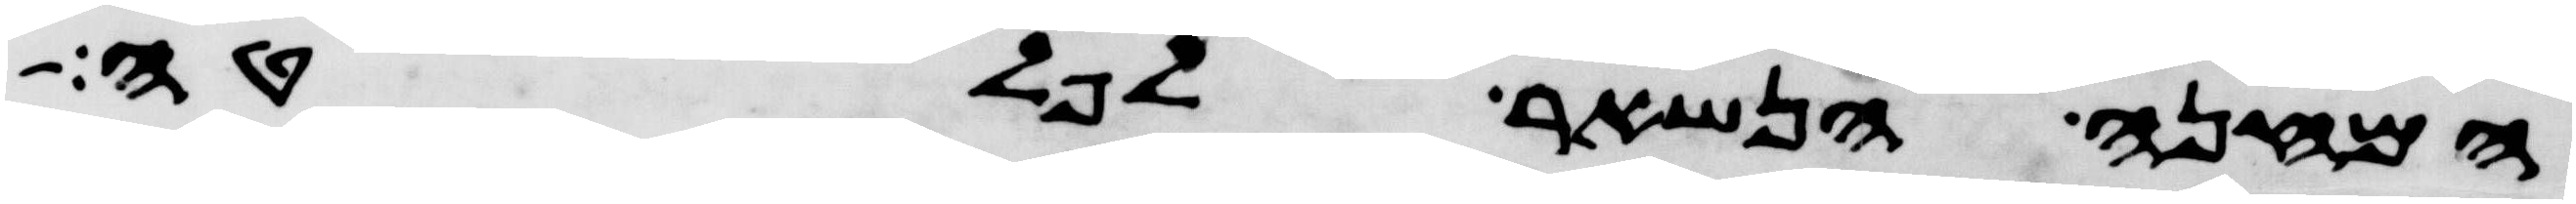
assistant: המחנה הנשאר לפלטה